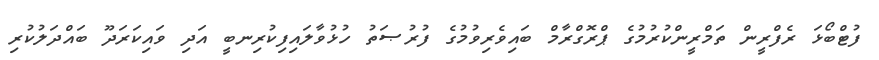
ފުޓްބޯޅަ ރެފްރީން ތަމްރީންކުރުމުގެ ޕްރޮގްރާމް ބައިވެރިވުމުގެ ފުރުޞަތު ހުޅުވާލައިފިކުރިނބީ އަދި ވައިކަރަދޫ ބައްދަލުކުރި